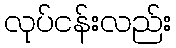
လုပ်ငန်းလည်း